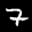
Label: 7